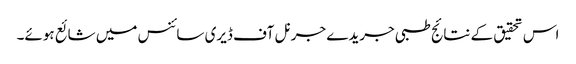
اس تحقیق کے نتائج طبی جریدے جرنل آف ڈیری سائنس میں شائع ہوئے۔